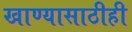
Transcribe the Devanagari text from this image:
खाण्यासाठीही